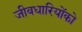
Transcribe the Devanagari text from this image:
जीवधारियोंको